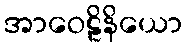
အာဝေဠိနိယော